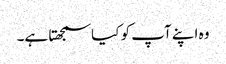
وہ اپنے آپ کو کیا سمجھتا ہے۔